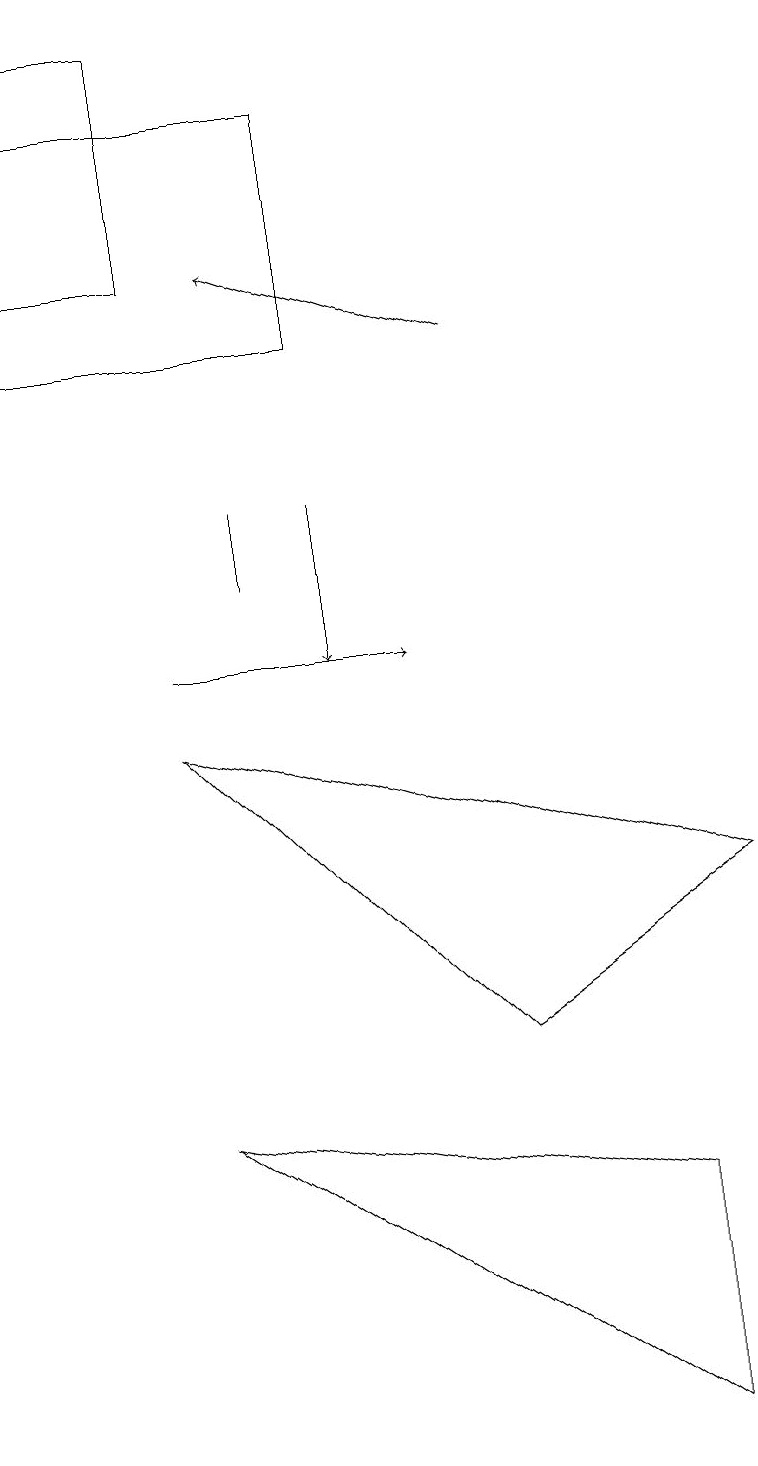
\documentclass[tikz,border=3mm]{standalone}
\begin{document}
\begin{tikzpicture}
\draw[->] (6,14) -- (3,15);
\draw (0,17) rectangle (4,14);
\draw (2,18) rectangle (0,15);
\draw (2,4) -- (8,3) -- (8,0) -- cycle;
\draw (6,5) -- (2,9) -- (9,7) -- cycle;
\draw[->] (4,12) -- (4,10);
\draw[->] (2,10) -- (5,10);
\draw (3,12) rectangle (3,11);
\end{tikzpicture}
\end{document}